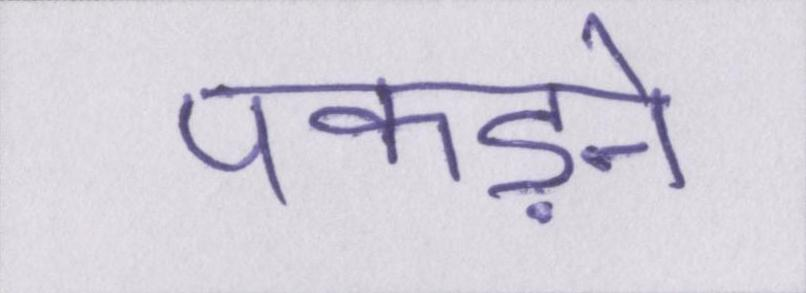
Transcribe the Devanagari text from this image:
पकड़ने